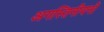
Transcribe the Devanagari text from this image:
अगस्तिनीयनों